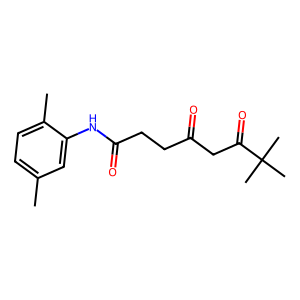
SMILES: Cc1ccc(C)c(NC(=O)CCC(=O)CC(=O)C(C)(C)C)c1
Inhibits HIV replication: No